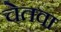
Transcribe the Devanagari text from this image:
चेतवा